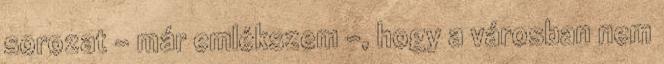
sorozat – már emlékszem -, hogy a városban nem